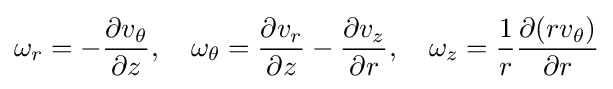
\omega _{r}=-{\frac {\partial v_{\theta }}{\partial z}},\quad \omega _{\theta }={\frac {\partial v_{r}}{\partial z}}-{\frac {\partial v_{z}}{\partial r}},\quad \omega _{z}={\frac {1}{r}}{\frac {\partial (rv_{\theta })}{\partial r}}